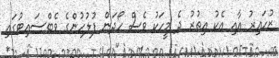
ޒުހައިރު އާއި އެކު އިތުރު ދެ މީހަކު ވެސް ހޯދަން ފުލުހުންގެ ވެބްސައިޓުގައި